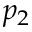
p _ { 2 }